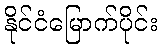
နိုင်ငံမြောက်ပိုင်း